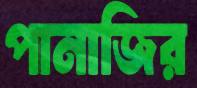
পানাজির